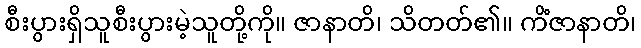
စီးပွားရှိသူစီးပွားမဲ့သူတို့ကို။ ဇာနာတိ၊ သိတတ်၏။ ကိံဇာနာတိ၊